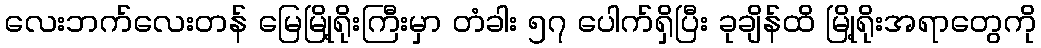
လေးဘက်လေးတန် မြေမြို့ရိုးကြီးမှာ တံခါး ၅၇ ပေါက်ရှိပြီး ခုချိန်ထိ မြို့ရိုးအရာတွေကို